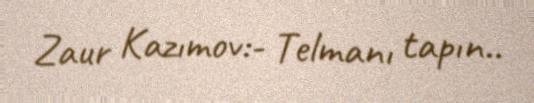
Zaur Kazımov:- Telmanı tapın..